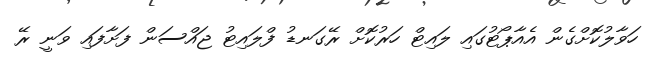
ހަވާލުކޮށްގެން އެއާޕޯޓުގައި ލައިޓް ހަރުކޮށް ރޭގަނޑު ފްލައިޓު ޖައްސަން ފަށާފައި ވަނީ ރޭ